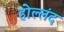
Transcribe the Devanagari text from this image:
होल्लंद